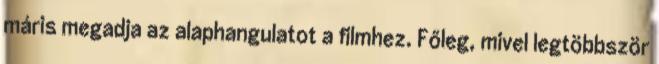
máris megadja az alaphangulatot a filmhez. Főleg, mivel legtöbbször